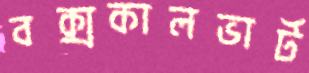
বক্সকালভার্ট